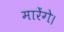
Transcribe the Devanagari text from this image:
मारेंगे।